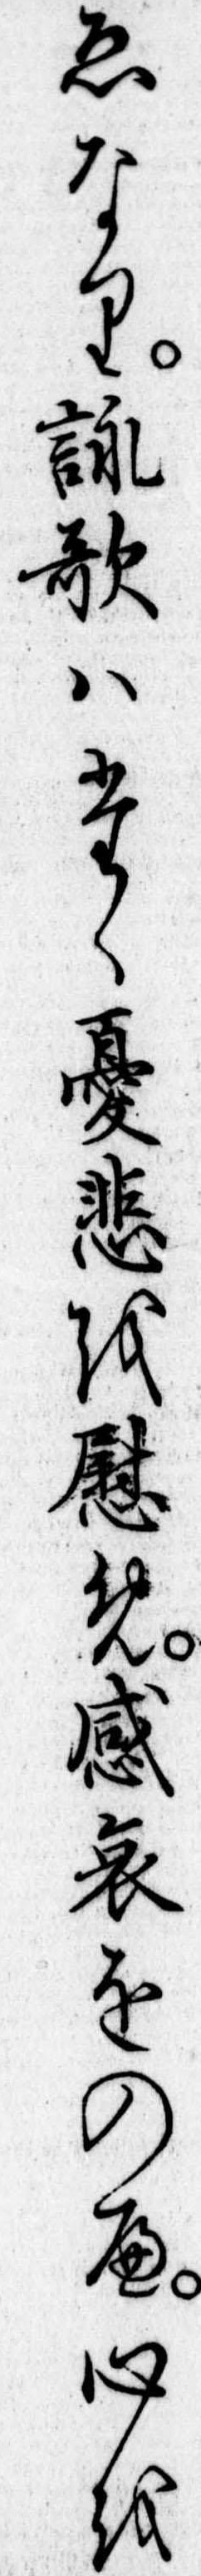
ゑなり詠歌はたゝ憂悲を慰め感哀をのへ心を